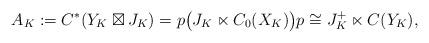
LaTeX: \begin{align*}A_K:=C^*(Y_K\boxtimes J_K) = p\bigl(J_K\ltimes C_0(X_K)\bigr)p\cong J_K^+\ltimes C(Y_K),\end{align*}